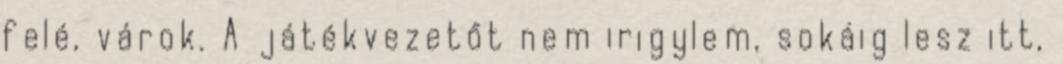
felé, várok. A játékvezetőt nem irigylem, sokáig lesz itt,